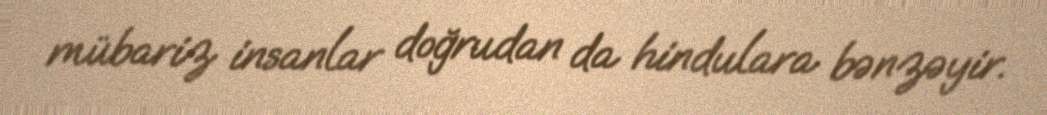
mübariz insanlar doğrudan da hindulara bənzəyir.